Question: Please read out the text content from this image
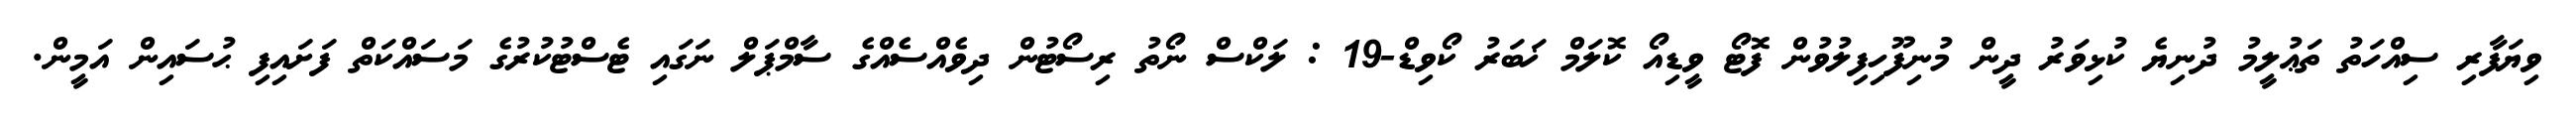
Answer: ވިޔަފާރި ސިއްހަތު ތަޢުލީމު ދުނިޔެ ކުޅިވަރު ދީން މުނިފޫހިފިލުވުން ފޮޓޯ ވީޑިއޯ ކޮލަމް ޚަބަރު ކޯވިޑް-19 : ލަކްސް ނޯތު ރިސޯޓުން ދިވެއްސެއްގެ ސާމްޕަލް ނަގައި ޓެސްޓުކުރުގެ މަސައްކަތް ފަށައިފި ޙުސައިން އަމީން.